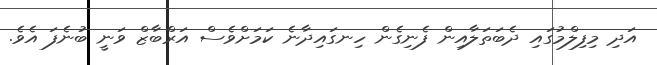
އަދި މިފިލްމުގައި ދެބަތަލާއިން ފެނިގެން ހިނގައިދާނެ ކަމަށްވެސް އަރްބާޒް ވަނީ ބުނެފަ އެވެ.